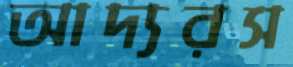
আদ্যরস